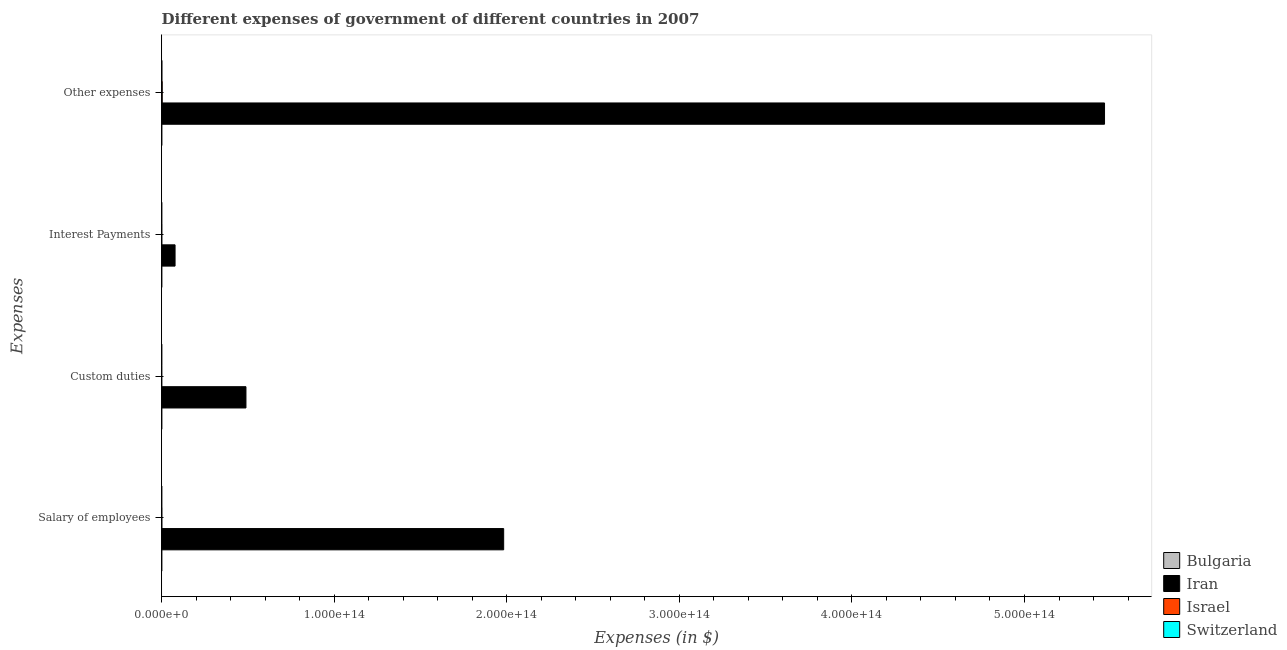
| Expenses | Bulgaria | Iran | Israel | Switzerland |
 | --- | --- | --- | --- | --- |
 | Salary of employees | 3.29e+09 | 1.98e+14 | 6.83e+10 | 5.73e+09 |
 | Custom duties | 1.93e+08 | 4.88e+13 | 2.22e+09 | 9.61e+08 |
 | Interest Payments | 6.19e+08 | 7.74e+12 | 3.85e+10 | 4e+09 |
 | Other expenses | 1.81e+10 | 5.46e+14 | 2.92e+11 | 9.3e+10 |